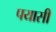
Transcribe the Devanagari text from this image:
पयासी